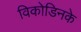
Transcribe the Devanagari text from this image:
विकोडिनके